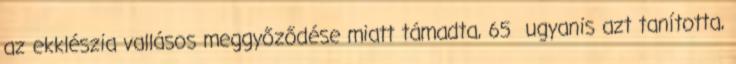
az ekklészia vallásos meggyőződése miatt támadta, 65 ugyanis azt tanította,